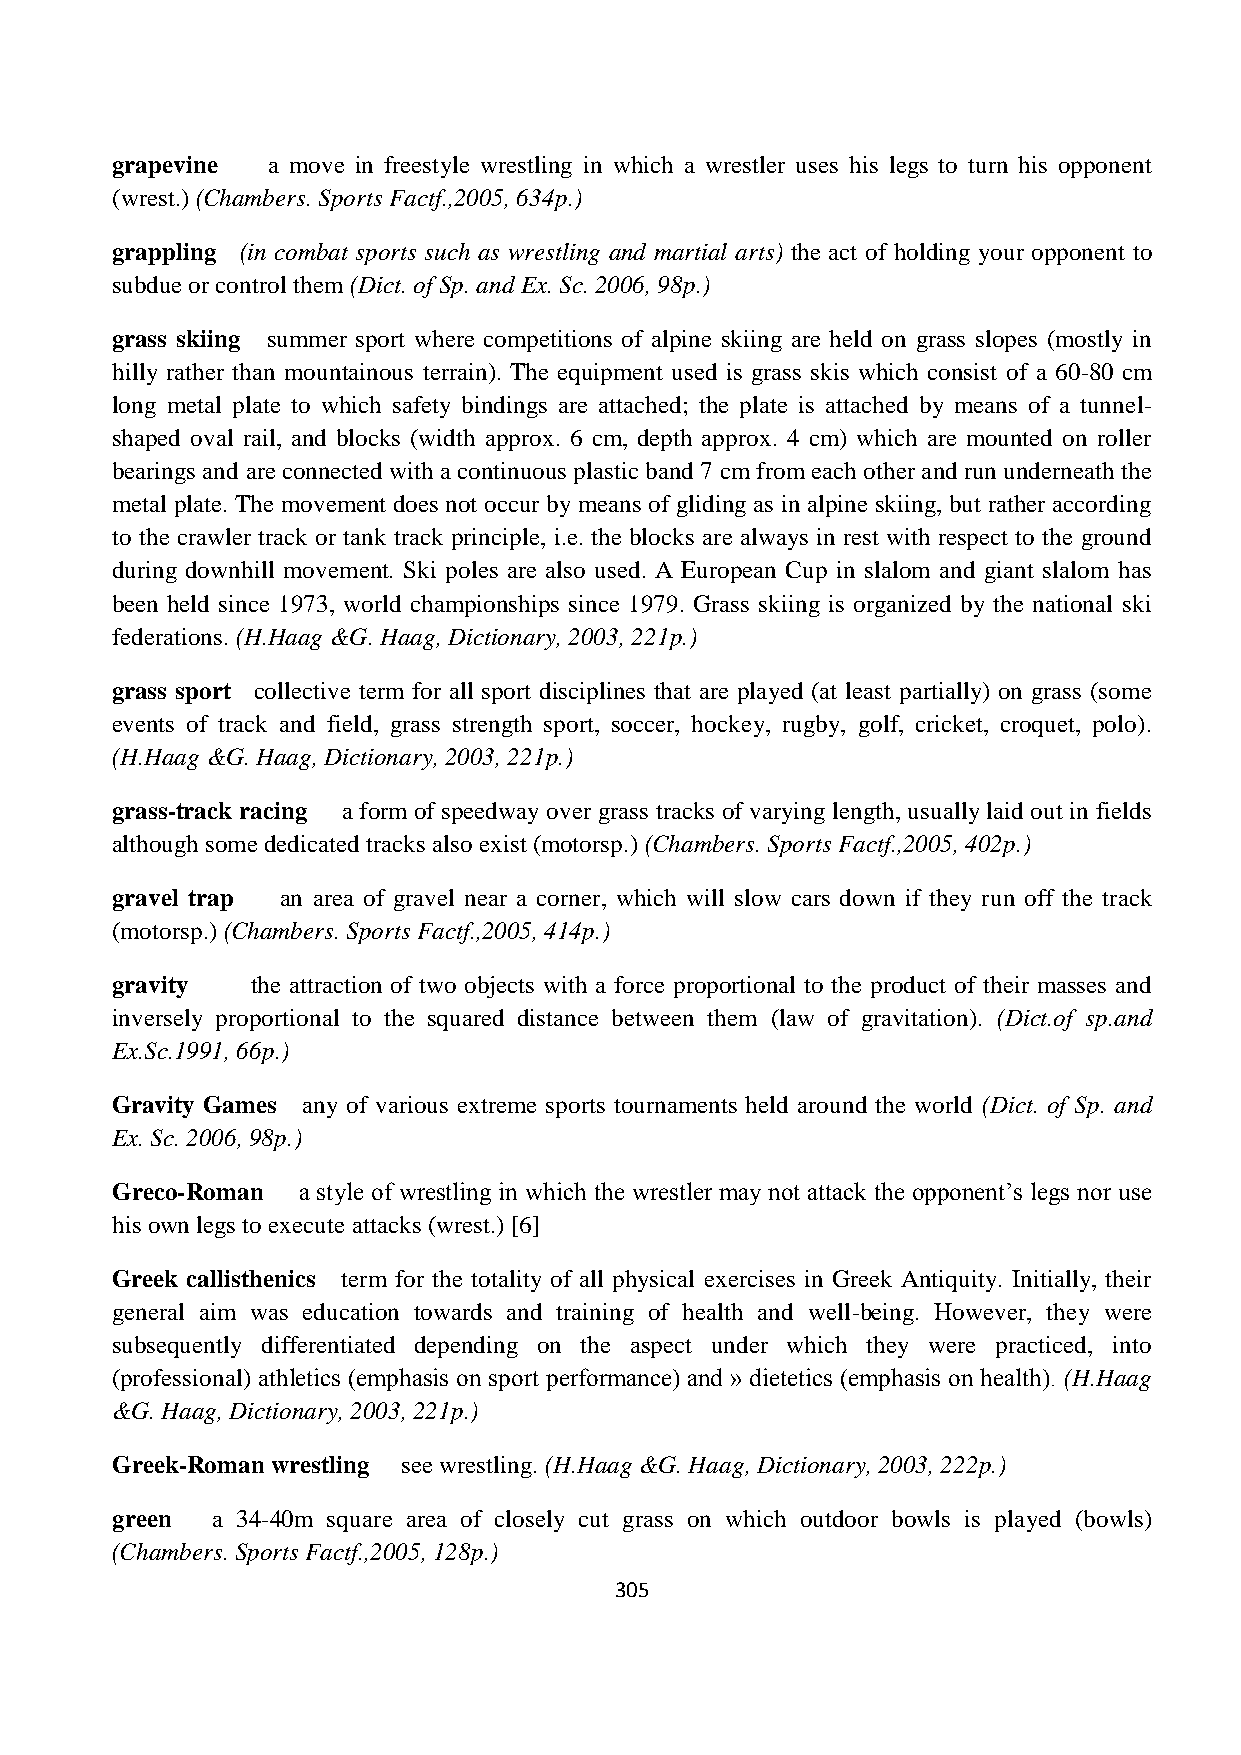
grapevine  a move in freestyle wrestling in which a wrestler uses his legs to turn his opponent
 (wrest.) (Chambers. Sports Factf.,2005, 634p.)
 grappling (in combat sports such as wrestling and martial arts) the act of holding your opponent to
 subdue or control them (Dict. of Sp. and Ex. Sc. 2006, 98p.)
 grass skiing summer sport where competitions of alpine skiing are held on grass slopes (mostly in
 hilly rather than mountainous terrain). The equipment used is grass skis which consist of a 60-80 cm
 long metal plate to which safety bindings are attached; the plate is attached by means of a tunnel-
 shaped oval rail, and blocks (width approx. 6 cm, depth approx. 4 cm) which are mounted on roller
 bearings and are connected with a continuous plastic band 7 cm from each other and run underneath the
 metal plate. The movement does not occur by means of gliding as in alpine skiing, but rather according
 to the crawler track or tank track principle, i.e. the blocks are always in rest with respect to the ground
 during downhill movement. Ski poles are also used. A European Cup in slalom and giant slalom has
 been held since 1973, world championships since 1979. Grass skiing is organized by the national ski
 federations. (H.Haag &G. Haag, Dictionary, 2003, 221p.)
 grass sport collective term for all sport disciplines that are played (at least partially) on grass (some
 events of track and field, grass strength sport, soccer, hockey, rugby, golf, cricket, croquet, polo).
 (H.Haag &G. Haag, Dictionary, 2003, 221p.)
 grass-track racing a form of speedway over grass tracks of varying length, usually laid out in fields
 although some dedicated tracks also exist (motorsp.) (Chambers. Sports Factf.,2005, 402p.)
 gravel trap an area of gravel near a corner, which will slow cars down if they run off the track
 (motorsp.) (Chambers. Sports Factf.,2005, 414p.)
 gravity   the attraction of two objects with a force proportional to the product of their masses and
 inversely proportional to the squared distance between them (law of gravitation). (Dict.of sp.and
 Ex.Sc.1991, 66p.)
 Gravity Games any of various extreme sports tournaments held around the world (Dict. of Sp. and
 Ex. Sc. 2006, 98p.)
 Greco-Roman  a style of wrestling in which the wrestler may not attack the opponent‟s legs nor use
 his own legs to execute attacks (wrest.) [6]
 Greek callisthenics term for the totality of all physical exercises in Greek Antiquity. Initially, their
 general aim was education towards and training of health and well-being. However, they were
 subsequently differentiated depending on the aspect under which they were practiced, into
 (professional) athletics (emphasis on sport performance) and » dietetics (emphasis on health). (H.Haag
 &G. Haag, Dictionary, 2003, 221p.)
 Greek-Roman wrestling see wrestling. (H.Haag &G. Haag, Dictionary, 2003, 222p.)
 green  a 34-40m square area of closely cut grass on which outdoor bowls is played (bowls)
 (Chambers. Sports Factf.,2005, 128p.)
 305